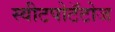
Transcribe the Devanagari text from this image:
स्वीटपोटॅटोज